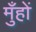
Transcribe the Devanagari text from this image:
मुँहों